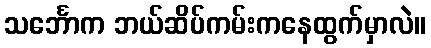
သင်္ဘောက ဘယ်ဆိပ်ကမ်းကနေထွက်မှာလဲ။